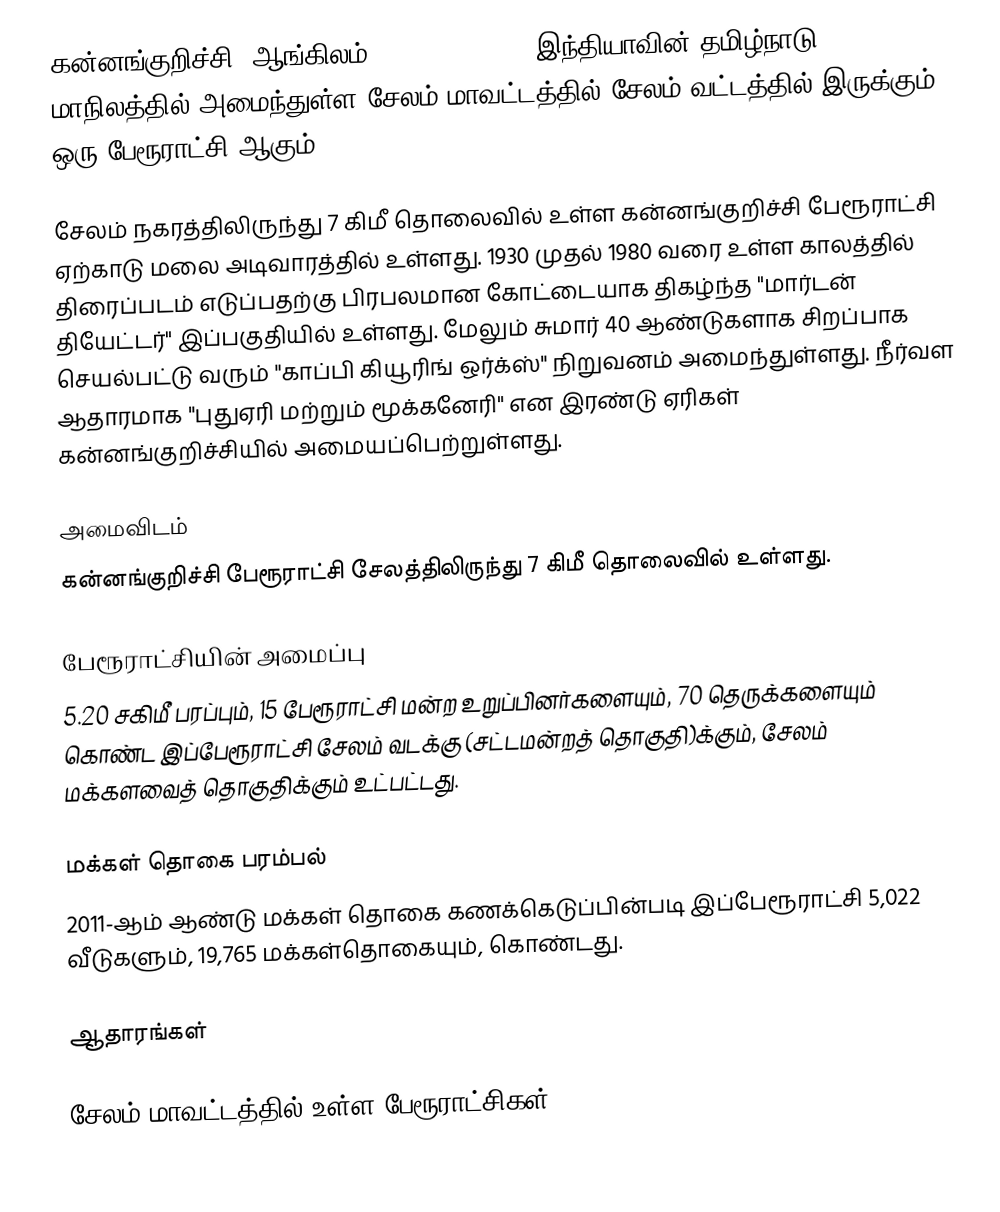
கன்னங்குறிச்சி (ஆங்கிலம்:Kannankurichi), இந்தியாவின் தமிழ்நாடு மாநிலத்தில் அமைந்துள்ள சேலம் மாவட்டத்தில் சேலம் வட்டத்தில் இருக்கும் ஒரு பேரூராட்சி ஆகும்.

சேலம் நகரத்திலிருந்து 7 கிமீ தொலைவில் உள்ள கன்னங்குறிச்சி பேரூராட்சி ஏற்காடு மலை அடிவாரத்தில் உள்ளது.  1930 முதல் 1980 வரை உள்ள காலத்தில் திரைப்படம் எடுப்பதற்கு பிரபலமான கோட்டையாக திகழ்ந்த "மார்டன் தியேட்டர்" இப்பகுதியில் உள்ளது. மேலும் சுமார் 40 ஆண்டுகளாக சிறப்பாக செயல்பட்டு வரும் "காப்பி கியூரிங் ஒர்க்ஸ்" நிறுவனம் அமைந்துள்ளது. நீர்வள ஆதாரமாக "புதுஏரி மற்றும் மூக்கனேரி" என இரண்டு ஏரிகள் கன்னங்குறிச்சியில் அமையப்பெற்றுள்ளது.

அமைவிடம்
கன்னங்குறிச்சி பேரூராட்சி சேலத்திலிருந்து 7 கிமீ தொலைவில் உள்ளது.

பேரூராட்சியின் அமைப்பு
5.20 சகிமீ பரப்பும்,  15  பேரூராட்சி மன்ற உறுப்பினர்களையும்,  70 தெருக்களையும்  கொண்ட இப்பேரூராட்சி சேலம் வடக்கு (சட்டமன்றத் தொகுதி)க்கும், சேலம் மக்களவைத் தொகுதிக்கும் உட்பட்டது.

மக்கள் தொகை பரம்பல்
2011-ஆம் ஆண்டு மக்கள் தொகை கணக்கெடுப்பின்படி  இப்பேரூராட்சி  5,022   வீடுகளும்,  19,765 மக்கள்தொகையும், கொண்டது.

ஆதாரங்கள்

சேலம் மாவட்டத்தில் உள்ள பேரூராட்சிகள்